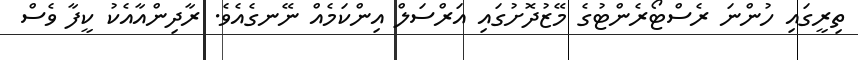
ތިރީގައި ހުންނަ ރެސްޓޯރެންޓުގެ މޭޒުދޮށުގައި އަރްސަލް އިންކަމެއް ނޭނގެއެވެ. ރާދިންއާއެކު ކީފާ ވެސް